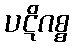
ပဋိဂစ္စ